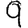
Digit: 9